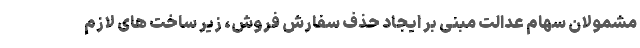
مشمولان سهام عدالت مبنی بر ایجاد حذف سفارش فروش، زیر ساخت های لازم